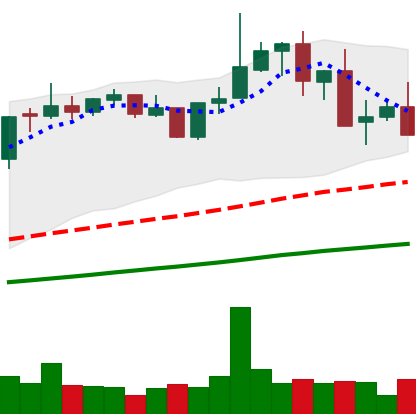
Ticker: XMR-USD
Chart end date: 2021-05-15
Forward return: -26.144%
Label: down_7plus